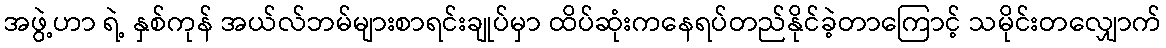
အဖွဲ့ဟာ ရဲ့ နှစ်ကုန် အယ်လ်ဘမ်များစာရင်းချုပ်မှာ ထိပ်ဆုံးကနေရပ်တည်နိုင်ခဲ့တာကြောင့် သမိုင်းတလျှောက်